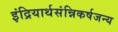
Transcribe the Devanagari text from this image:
इंद्रियार्थसंन्निकर्षजन्य